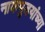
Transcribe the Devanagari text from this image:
नाकपुडयांच्या